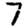
Digit: 7